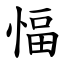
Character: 愊